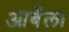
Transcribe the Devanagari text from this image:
आबँला